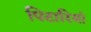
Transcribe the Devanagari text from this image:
पिटारियां